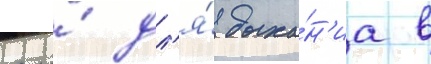
его́ дл'я́ дыха́н'иа в